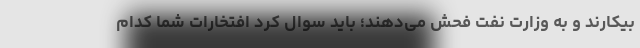
بیکارند و به وزارت نفت فحش می‌دهند؛ باید سوال کرد افتخارات شما کدام